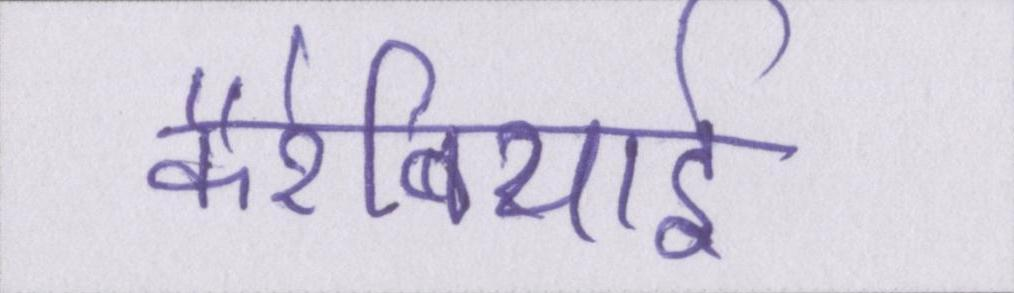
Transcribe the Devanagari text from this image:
कैरेबियाई